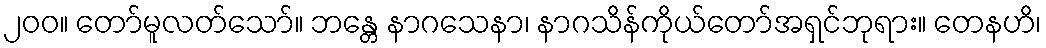
၂၀၀။ တော်မူလတ်သော်။ ဘန္တေ နာဂသေနာ၊ နာဂသိန်ကိုယ်တော်အရှင်ဘုရား။ တေနဟိ၊